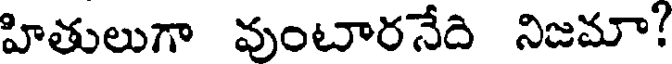
హితులుగా వుంటారనేది నిజమా?